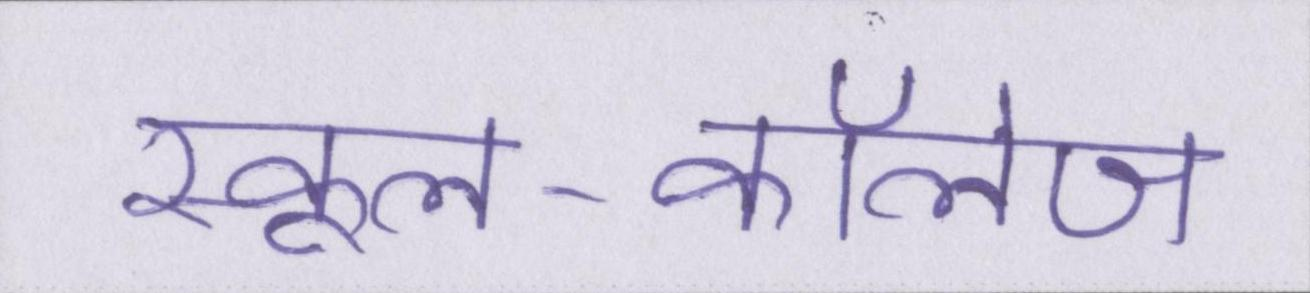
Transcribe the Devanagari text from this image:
स्कूल-कॉलेज